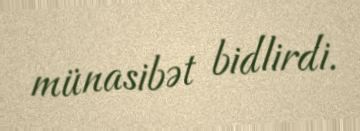
münasibət bidlirdi.